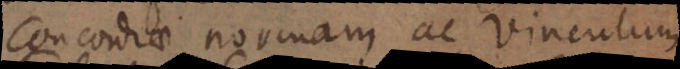
concordiae normam ac vinculum